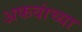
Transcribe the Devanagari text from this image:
अफवांच्या